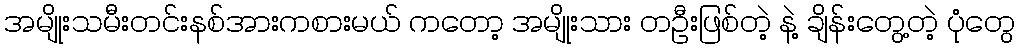
အမျိုးသမီးတင်းနစ်အားကစားမယ် ကတော့ အမျိုးသား တဦးဖြစ်တဲ့ နဲ့ ချိန်းတွေ့တဲ့ ပုံတွေ